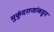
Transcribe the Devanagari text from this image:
मुकुंदराजांकडून